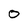
Character: o